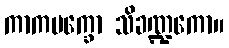
ကာကပက္ခော သိခဏ္ဍကော။